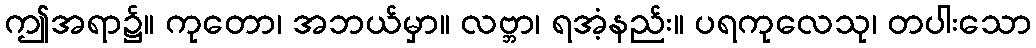
ဤအရာ၌။ ကုတော၊ အဘယ်မှာ။ လဗ္ဘာ၊ ရအံ့နည်း။ ပရကုလေသု၊ တပါးသော